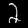
Digit: 2